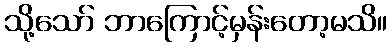
သို့သော် ဘာကြောင့်မှန်းတော့မသိ။